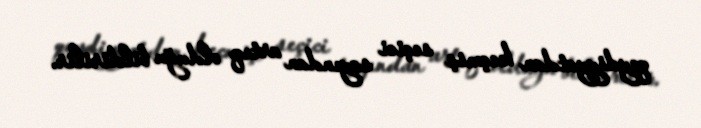
qeydiyyatdan keçmiş seçici sayından artıq olduğu bildirilir.